Tartu_kinnistusamet, lk 9
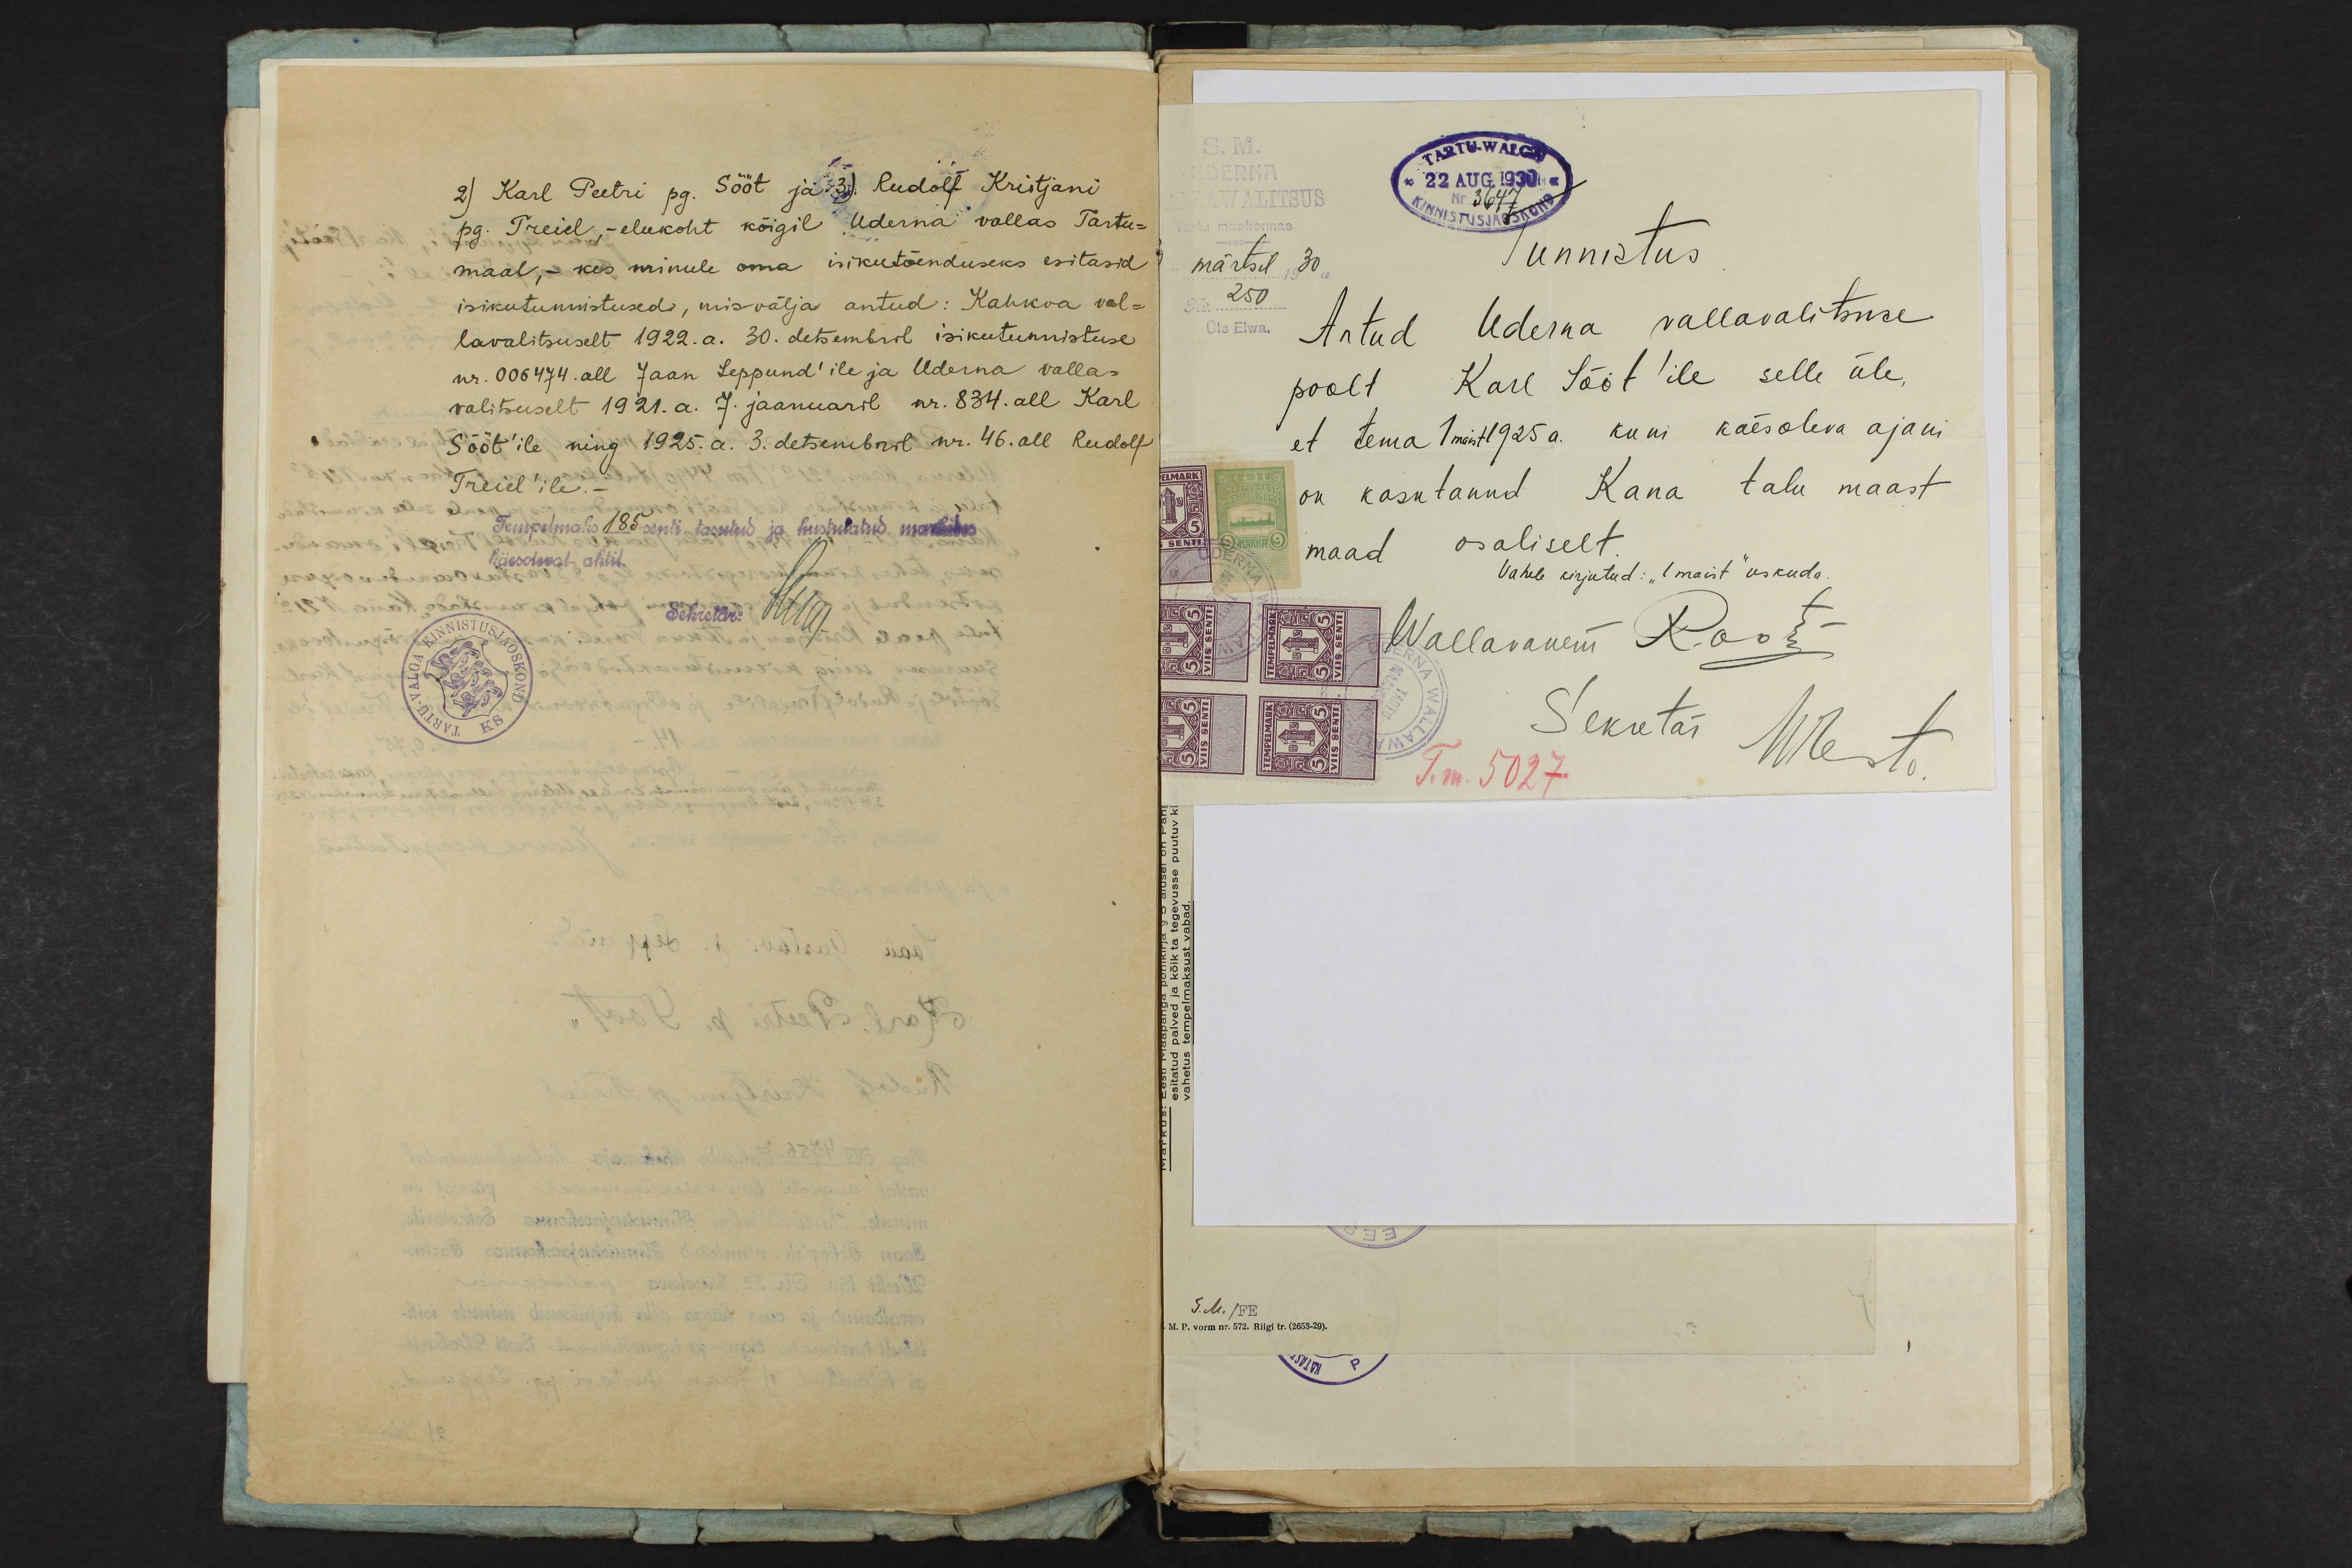
2) Karl Peetri pg. Sööt ja 3) Rudolf Kristjani
pg. Treiel, - elukoht kõigil Uderna vallas Tartu-
maal, - kes minule oma isikutõenduseks esitasid
isikutunnistused, mis välja antud: Kahkva val-
lavalitsuselt 1922.a. 30. detsembril isikutunnistuse.
nr. 006474. all Jaan Leppund'ile ja Uderna valla-
valitsuselt 1921.a. 7. jaanuaril nr. 834. all Karl
Sööt'ile ning 1925. a. 3. detsembril nr. 46. all Rudolf
Treiel'ile.
Tempelmaks185 senti tasutud ja kustutatud markides
käesoleval aktil.
Sekretär: Rii

S. M.
TARTU-WALGA
UDERNA
22 AUG. 1930
Nr 3647
WALLAWALITSUS
Tartu maakond
märtsil 1930
Tunnistus
No 250
Antud Uderna vallavalitsuse
Üle Elwa.
poolt Karl Sööt'ile selle üle,
et tema 1maist 1925 a. kuni käesoleva ajani
on kasutanud Kana talu maast
maad osaliselt
Vahele kirjutud: "1 maist" uskuda.
Wallawanem K.oos
Sekretär
Meet
T. m. 5027.